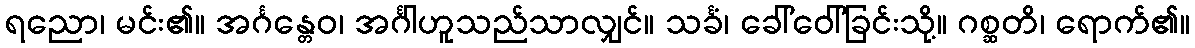
ရညော၊ မင်း၏။ အင်္ဂန္တေဝ၊ အင်္ဂါဟူသည်သာလျှင်။ သင်္ခံ၊ ခေါ်ဝေါ်ခြင်းသို့။ ဂစ္ဆတိ၊ ရောက်၏။